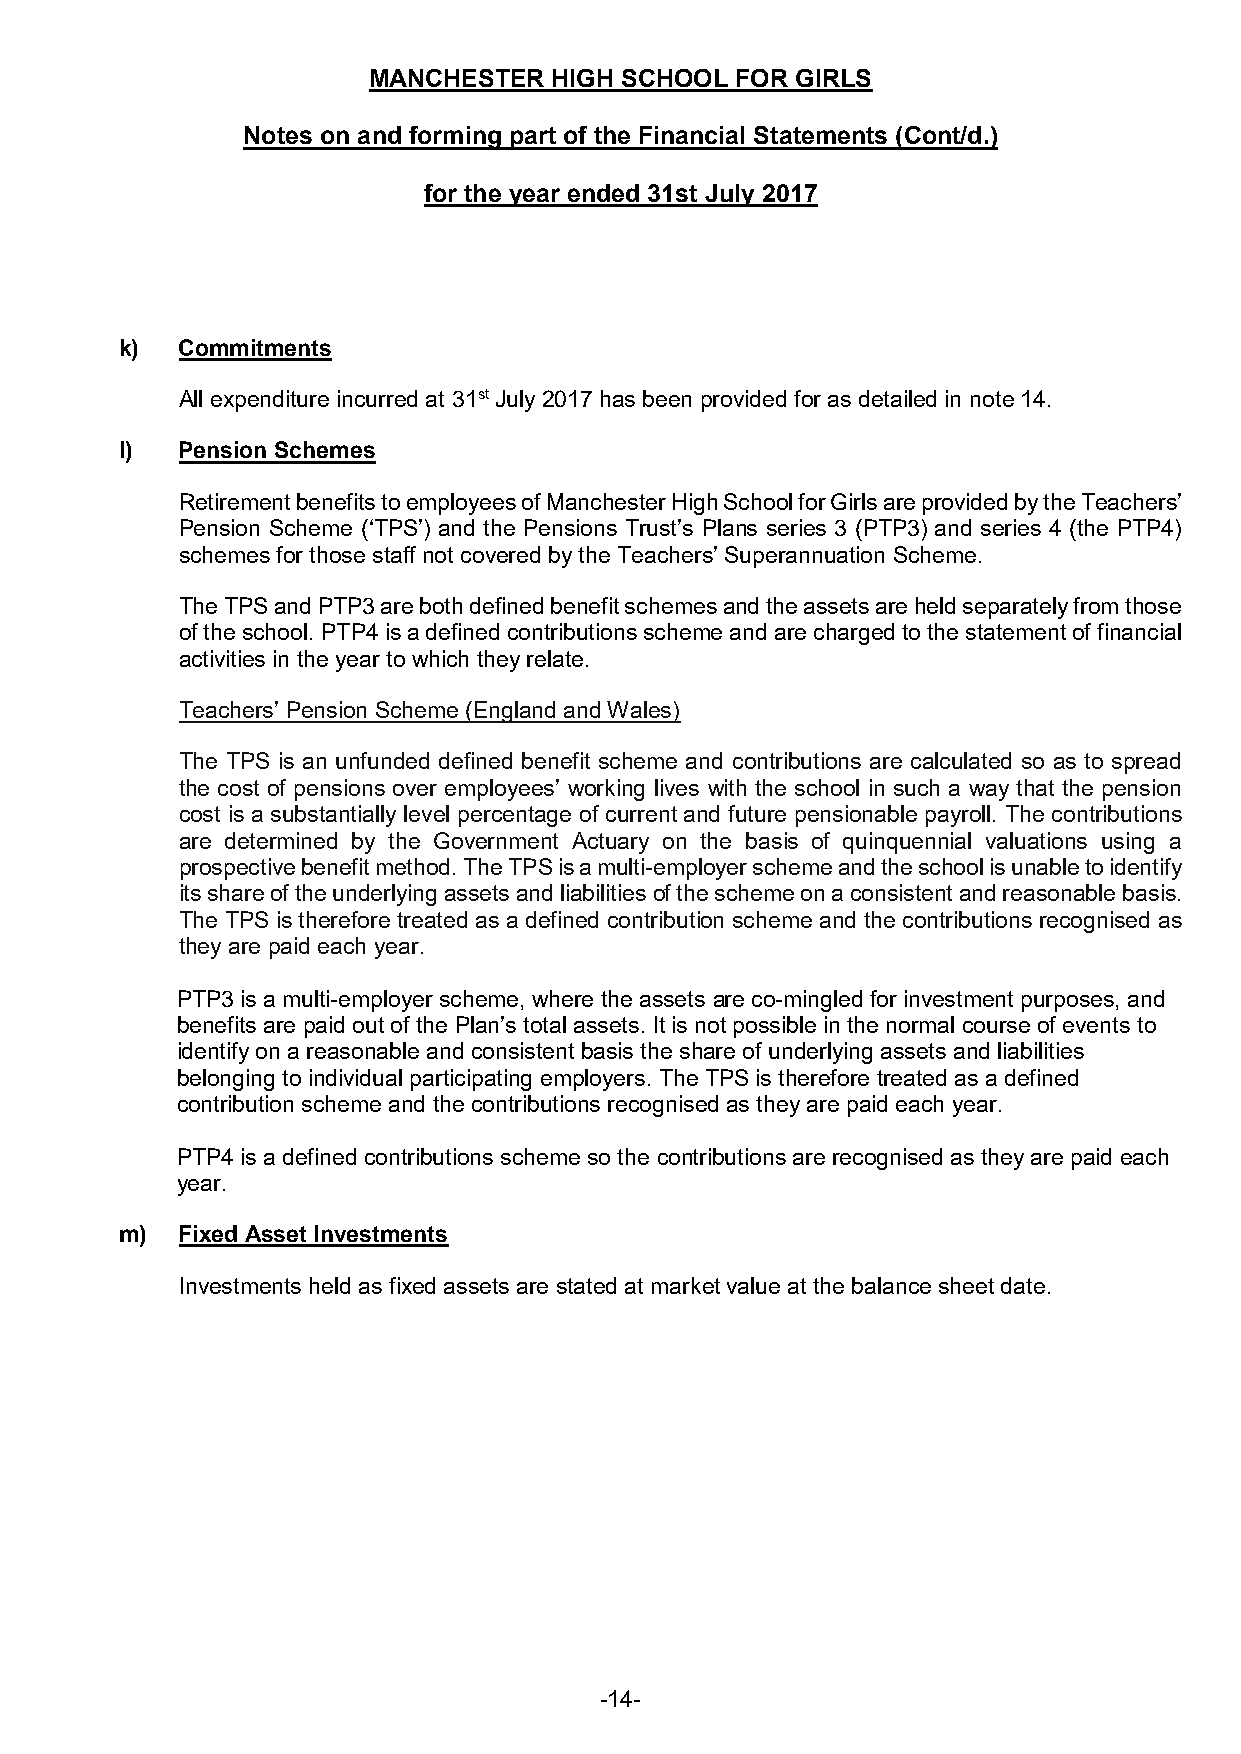
MANCHESTER   HIGH SCHOOL FOR GIRLS
 Notes on and forming part of the Financial Statements (Cont/d.)
 for the year ended 31st July 2017
 k)  Commitments
 All expenditure incurred at 31st July 2017 has been provided for as detailed in note 14.
 l)  Pension Schemes
 Retirement benefits to employees of Manchester High School for Girls are provided by the Teachers’
 Pension Scheme (‘TPS’) and the Pensions Trust’s Plans series 3 (PTP3) and series 4 (the PTP4)
 schemes for those staff not covered by the Teachers’ Superannuation Scheme.
 The TPS and PTP3 are both defined benefit schemes and the assets are held separately from those
 of the school. PTP4 is a defined contributions scheme and are charged to the statement of financial
 activities in the year to which they relate.
 Teachers’ Pension Scheme (England and Wales)
 The TPS is an unfunded defined benefit scheme and contributions are calculated so as to spread
 the cost of pensions over employees’ working lives with the school in such a way that the pension
 cost is a substantially level percentage of current and future pensionable payroll. The contributions
 are determined by the Government Actuary on the basis of quinquennial valuations using a
 prospective benefit method. The TPS is a multi-employer scheme and the school is unable to identify
 its share of the underlying assets and liabilities of the scheme on a consistent and reasonable basis.
 The TPS is therefore treated as a defined contribution scheme and the contributions recognised as
 they are paid each year.
 PTP3 is a multi-employer scheme, where the assets are co-mingled for investment purposes, and
 benefits are paid out of the Plan’s total assets. It is not possible in the normal course of events to
 identify on a reasonable and consistent basis the share of underlying assets and liabilities
 belonging to individual participating employers. The TPS is therefore treated as a defined
 contribution scheme and the contributions recognised as they are paid each year.
 PTP4 is a defined contributions scheme so the contributions are recognised as they are paid each
 year.
 m)  Fixed Asset Investments
 Investments held as fixed assets are stated at market value at the balance sheet date.
 -14-